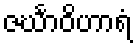
ဇင်္ဃာဝိဟာရံ